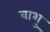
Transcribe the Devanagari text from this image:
वाशु